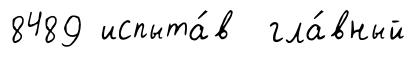
8489 испыта́в гла́вный